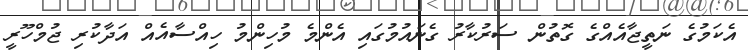
އެކަމުގެ ނަތީޖާއެއްގެ ގޮތުން ސަރުކާރު ގެނައުމުގައި އެންމެ މުހިންމު ހިއްސާއެއް އަދާކުރި ޖުމްހޫރީ